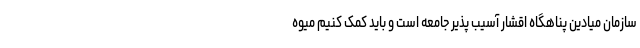
سازمان میادین پناهگاه اقشار آسیب پذیر جامعه است و باید کمک کنیم میوه